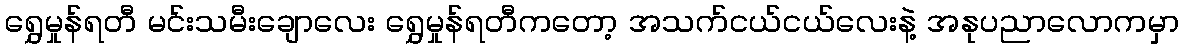
ရွှေမှုန်ရတီ မင်းသမီးချောလေး ရွှေမှုန်ရတီကတော့ အသက်ငယ်ငယ်လေးနဲ့ အနုပညာလောကမှာ